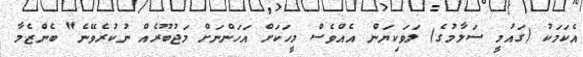
އެކަމަކު (ގައުމީ ސަލާމުގެ) ލަވަކިޔަން އެއްވެސް މީހަކަށް އަހަންނަށް މަޖުބޫރެއް ނުކުރެވޭނެ" ބެންޒެމާ